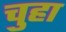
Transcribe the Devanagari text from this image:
चुहा